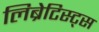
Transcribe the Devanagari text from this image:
लिब्रेटिस्ट्स